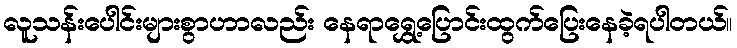
လူသန်းပေါင်းများစွာဟာလည်း နေရာရွှေ့ပြောင်းထွက်ပြေးနေခဲ့ရပါတယ်။